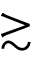
\gtrsim